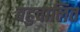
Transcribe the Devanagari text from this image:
बहुचालित